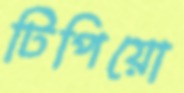
টিপিয়ো